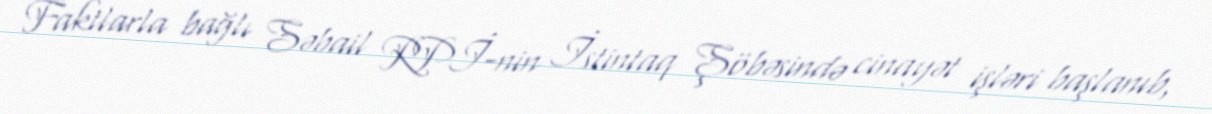
Faktlarla bağlı Səbail RPİ-nin İstintaq Şöbəsində cinayət işləri başlanıb,